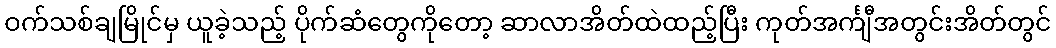
ဝက်သစ်ချမြိုင်မှ ယူခဲ့သည့် ပိုက်ဆံတွေကိုတော့ ဆာလာအိတ်ထဲထည့်ပြီး ကုတ်အင်္ကျီအတွင်းအိတ်တွင်